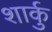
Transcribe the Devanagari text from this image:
शार्कु